Senior Leaving Certificate Examination (including Day School Certificate (Higher) General paper), 1946
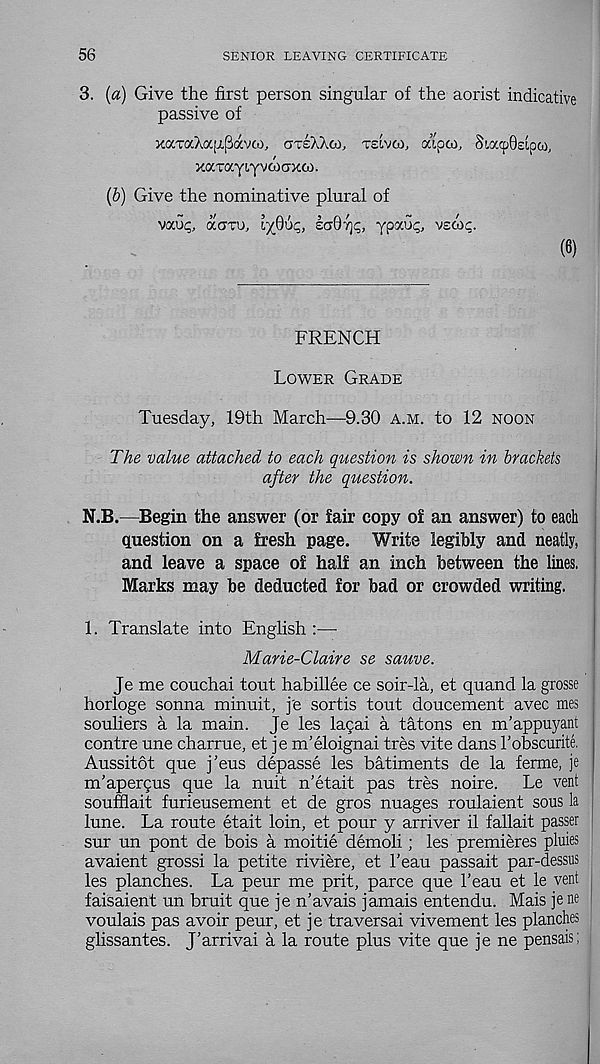
56
SENIOR LEAVING CERTIFICATE
3. {a) Give the first person singular of the aorist indicative
passive of
xaTaAa[x(3avco, areAXco, reivo), oapco, SiacpOeipco,
xaTayiyvoiaxoi.
(b) Give the nominative plural of
vocu^ cxcttu, '’yQop, satJyc, ypau^ vzmc.
(6)
FRENCH
Lower Grade
Tuesday, 19th March—9.30 a.m. to 12 noon
The value attached to each question is shown in brackets
after the question.
N.B.—Begin the answer (or fair copy of an answer) to each
question on a fresh page. Write legibly and neatly,
and leave a space of half an inch between the lines.
Marks may be deducted for bad or crowded writing.
1. Translate into English :—
Marie-Claire se sauve.
Je me couchai tout habillee ce soir-la, et quand la grosse
horloge sonna minuit, j'e sortis tout doucement avec mes
souliers a la main. Je les lacai a tatons en m’appuyant
contre une charrue, et je m’eloignai tres vite dans robscurite,
Aussitot que j’eus depasse les batiments de la ferme, je
m'apercus que la nuit n’etait pas tres noire.
Le vent
soufflait furieusement et de gros nuages roulaient sous la
lune. La route etait loin, et pour y arriver il fallait passer
sur un pont de hois a moitie demoli; les premieres pluies
avaient grossi la petite riviere, et 1’eau passait par-dessus
les planches. La peur me prit, parce que 1’eau et le vent
faisaient un bruit que je n’avais jamais entendu. Mais je ne
voulais pas avoir peur, et je traversai vivement les planches
glissantes. J’arrivai a la route plus vite que je ne pensais;